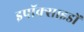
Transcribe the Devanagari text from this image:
इपॉक्साइडों